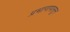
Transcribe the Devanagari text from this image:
प्रभागापासून